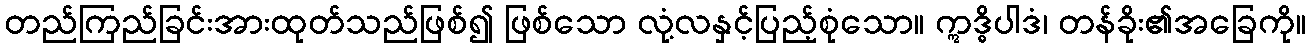
တည်ကြည်ခြင်းအားထုတ်သည်ဖြစ်၍ ဖြစ်သော လုံ့လနှင့်ပြည့်စုံသော။ ဣဒ္ဓိပါဒံ၊ တန်ခိုး၏အခြေကို။